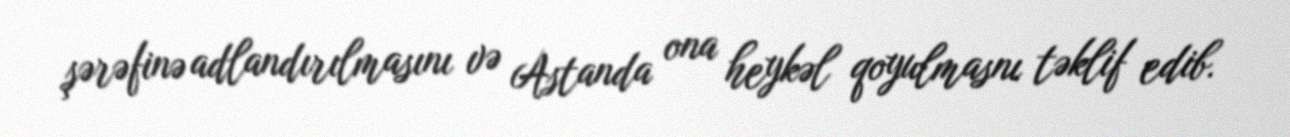
şərəfinə adlandırılmasını və Astanda ona heykəl qoyulmasnı təklif edib.